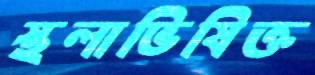
স্থলাভিষিক্ত